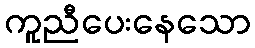
ကူညီပေးနေသော